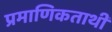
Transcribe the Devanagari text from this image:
प्रमाणिकताथी